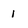
Character: I